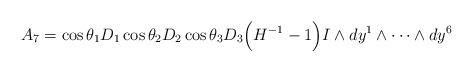
LaTeX: \begin{align*}A_7 = \cos \theta_1 D_1 \cos \theta_2 D_2 \cos \theta_3 D_3\Big( H^{-1} -1 \Big) I \wedge dy^1 \wedge \cdots \wedge dy^6\end{align*}